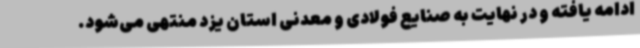
ادامه یافته و در نهایت به صنایع فولادی و معدنی استان یزد منتهی می‌شود.